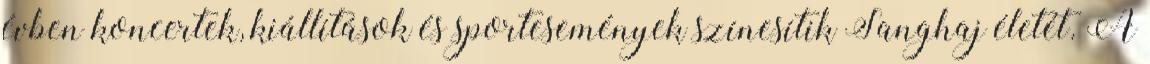
évben koncertek, kiállítások és sportesemények színesítik Sanghaj életét. A